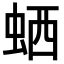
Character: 𬠂